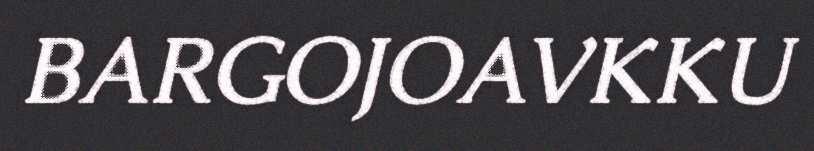
BARGOJOAVKKU